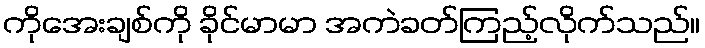
ကိုအေးချစ်ကို ခိုင်မာမာ အကဲခတ်ကြည့်လိုက်သည်။